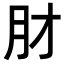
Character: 𬁱